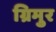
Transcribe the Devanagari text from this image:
ग्रिमुर